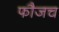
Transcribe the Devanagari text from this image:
फौजच